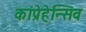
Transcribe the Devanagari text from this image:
कांप्रेहेन्सिव